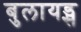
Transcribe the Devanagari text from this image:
बुलायड्स